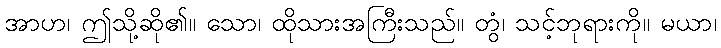
အာဟ၊ ဤသို့ဆို၏။ သော၊ ထိုသားအကြီးသည်။ တွံ၊ သင့်ဘုရားကို။ မယာ၊